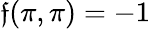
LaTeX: \mathfrak{f}(\pi,\pi)=-1